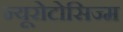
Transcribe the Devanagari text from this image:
न्यूरोटोसिज्म